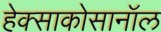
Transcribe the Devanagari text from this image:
हेक्साकोसानॉल